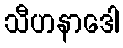
သီဟနာဒေါ